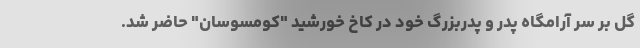
گل بر سر آرامگاه پدر و پدربزرگ خود در کاخ خورشید "کومسوسان" حاضر شد.